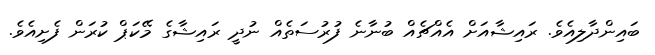
ބައިންދާލިއެވެ. ރައިޝާއަށް އެއްޗެއް ބުނާނެ ފުރުސަތެއް ނުދީ ރައިޝާގެ މޭކަޕް ކުރަން ފެށިއެވެ.